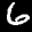
Label: 6